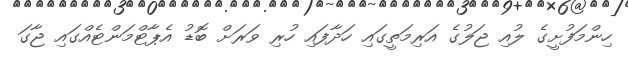
ހިންމަފުށީގެ ލުއި ޖަލުގެ އަރިމަތީގައި ހަދާފައި ހުރި ވަރަށް ބޮޑު އެޕާޓްމަންޓެއްގައި ޖާގަ